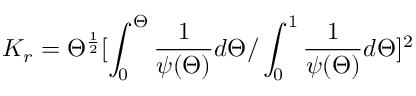
K _ { r } = \Theta ^ { \frac { 1 } { 2 } } [ \int _ { 0 } ^ { \Theta } \frac { 1 } { \psi ( \Theta ) } d \Theta / \int _ { 0 } ^ { 1 } \frac { 1 } { \psi ( \Theta ) } d \Theta ] ^ { 2 }